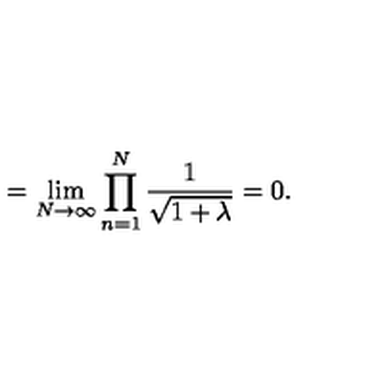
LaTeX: = \lim _ { N \rightarrow \infty } \prod _ { n = 1 } ^ { N } \frac { 1 } { \sqrt { 1 + \lambda } } = 0 .